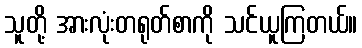
သူတို့ အားလုံးတရုတ်စာကို သင်ယူကြတယ်။